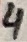
Text: 4